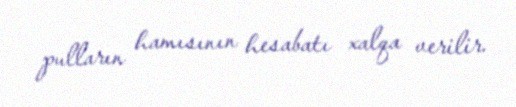
pulların hamısının hesabatı xalqa verilir.